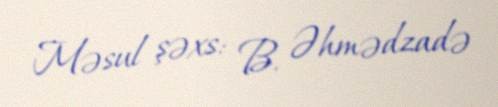
Məsul şəxs: B. Əhmədzadə